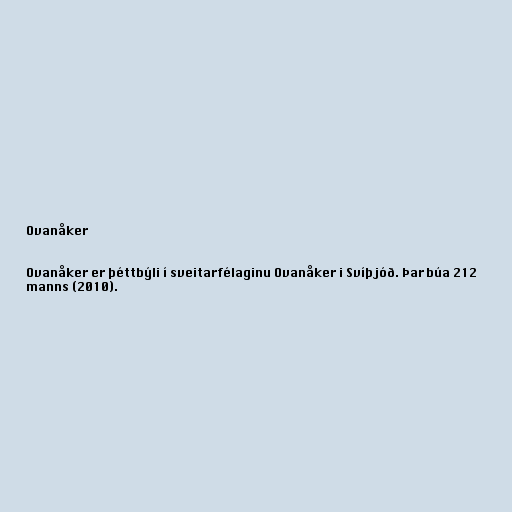
Ovanåker

Ovanåker er þéttbýli í sveitarfélaginu Ovanåker i Svíþjóð. Þar búa 212
manns (2010).